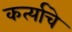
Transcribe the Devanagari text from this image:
कर्त्याचे